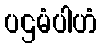
ပဌမံပါဟံ